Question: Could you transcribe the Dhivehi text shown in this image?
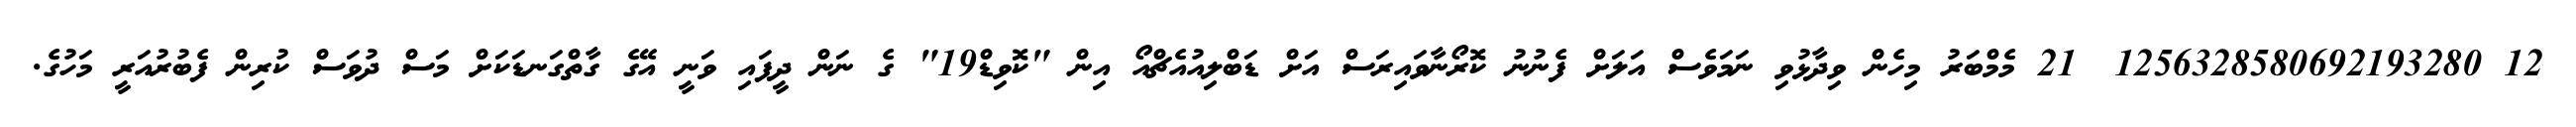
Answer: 12 1256328580692193280? 21 މެމްބަރު މިހެން ވިދާޅުވި ނަމަވެސް އަލަށް ފެނުނު ކޮރޯނާވައިރަސް އަށް ޑަބްލިއުއެޗްއޯ އިން "ކޮވިޑް19" ގެ ނަން ދީފައި ވަނީ އޭގެ ގާތްގަނޑަކަށް މަސް ދުވަސް ކުރިން ފެބުރުއަރީ މަހުގެ.